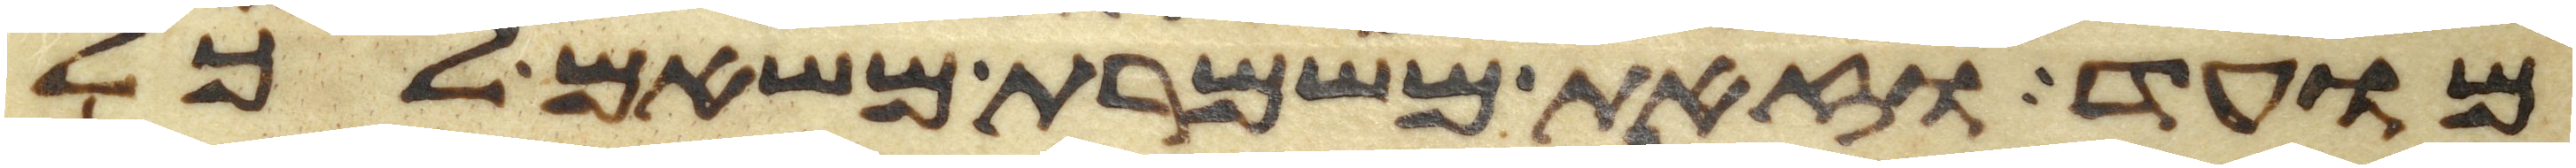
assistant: מועד וזאת משמרת משאם לכל